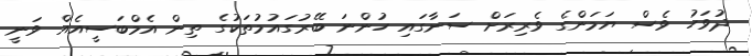
ދުވަހު ވެސް ޔަމަންގެ ވެރިރަށް ސަނާގައި ހުންނަ ބޭރުގައުމުތަކުގެ ތިން އެމްބަސީއެއް ވަނީ